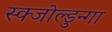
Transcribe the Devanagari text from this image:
स्क्जोल्डुन्गा